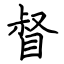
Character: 督